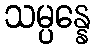
သမ္ပန္နေ